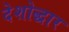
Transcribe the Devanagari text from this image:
देशोद्धार